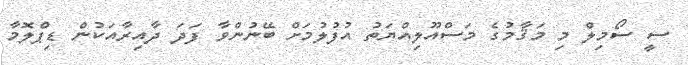
ސީ ސޯމިލް މި މަޤާމުގެ މަސްއޫލިއްޔަތު އުފުލުމަށް ބޭނުންވާ ފަދަ ދާއިރާއަކުން ޑިޕްލޮމާ